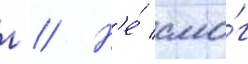
г // Н'е́ смо́г